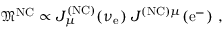
{ \mathfrak { M } } ^ { \mathrm { N C } } \propto J _ { \mu } ^ { \mathrm { ( N C ) } } ( \nu _ { \mathrm { e } } ) \; J ^ { \mathrm { ( N C ) } \mu } ( \mathrm { e ^ { - } } ) ~ ,